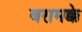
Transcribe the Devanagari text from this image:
बरामक्के